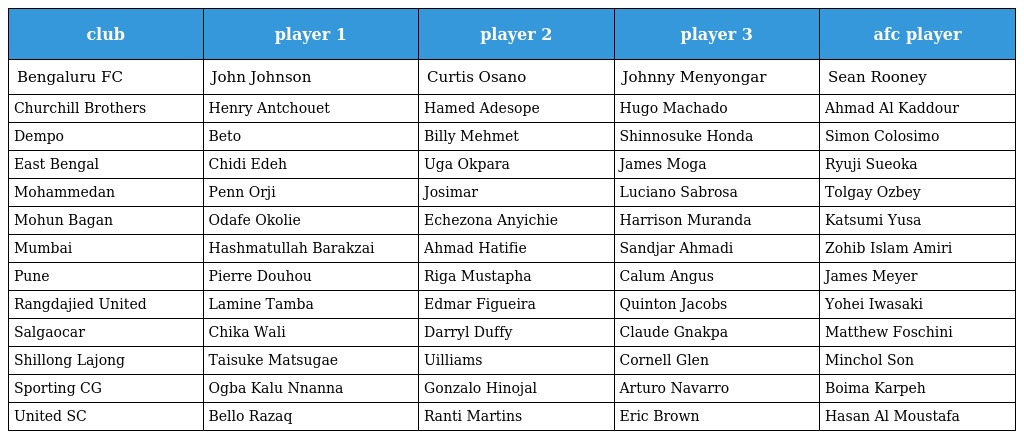
| club | player 1 | player 2 | player 3 | afc player |
 | --- | --- | --- | --- | --- |
 | Bengaluru FC | John Johnson | Curtis Osano | Johnny Menyongar | Sean Rooney |
 | Churchill Brothers | Henry Antchouet | Hamed Adesope | Hugo Machado | Ahmad Al Kaddour |
 | Dempo | Beto | Billy Mehmet | Shinnosuke Honda | Simon Colosimo |
 | East Bengal | Chidi Edeh | Uga Okpara | James Moga | Ryuji Sueoka |
 | Mohammedan | Penn Orji | Josimar | Luciano Sabrosa | Tolgay Ozbey |
 | Mohun Bagan | Odafe Okolie | Echezona Anyichie | Harrison Muranda | Katsumi Yusa |
 | Mumbai | Hashmatullah Barakzai | Ahmad Hatifie | Sandjar Ahmadi | Zohib Islam Amiri |
 | Pune | Pierre Douhou | Riga Mustapha | Calum Angus | James Meyer |
 | Rangdajied United | Lamine Tamba | Edmar Figueira | Quinton Jacobs | Yohei Iwasaki |
 | Salgaocar | Chika Wali | Darryl Duffy | Claude Gnakpa | Matthew Foschini |
 | Shillong Lajong | Taisuke Matsugae | Uilliams | Cornell Glen | Minchol Son |
 | Sporting CG | Ogba Kalu Nnanna | Gonzalo Hinojal | Arturo Navarro | Boima Karpeh |
 | United SC | Bello Razaq | Ranti Martins | Eric Brown | Hasan Al Moustafa |